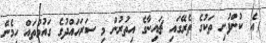
އެ ކުންފުނި ތަކުގެ ތެރޭގައި ޗައިނާގެ އިތުރުން މި ސަރަހައްދުގެ ގައުމުތައް ހިމެނޭ